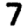
Digit: 7